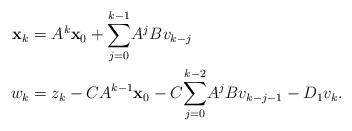
LaTeX: \begin{align*}\mathbf{x}_{k} & =A^{k}\mathbf{x}_{0}+{\displaystyle\sum\limits_{j=0}^{k-1}}A^{j}Bv_{k-j}\\w_{k} & =z_{k}-CA^{k-1}\mathbf{x}_{0}-C{\displaystyle\sum\limits_{j=0}^{k-2}}A^{j}Bv_{k-j-1}-D_{1}v_{k}. \end{align*}